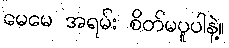
မေမေ အရမ်း စိတ်မပူပါနဲ့။